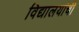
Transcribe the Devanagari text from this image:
विद्यालयांची